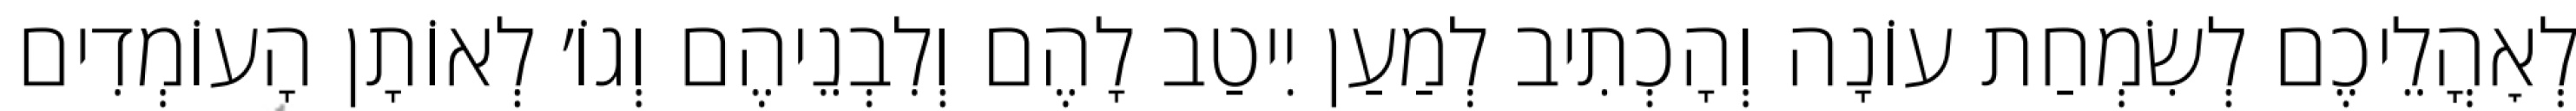
לְאׇהֳלֵיכֶם לְשִׂמְחַת עוֹנָה וְהָכְתִיב לְמַעַן יִיטַב לָהֶם וְלִבְנֵיהֶם וְגוֹ׳ לְאוֹתָן הָעוֹמְדִים